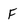
Character: F